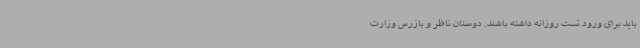
باید برای ورود تست روزانه داشته باشند. دوستان ناظر و بازرس وزارت